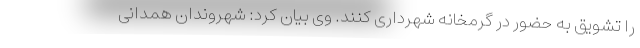
را تشویق به حضور در گرمخانه شهرداری کنند. وی بیان کرد: شهروندان همدانی